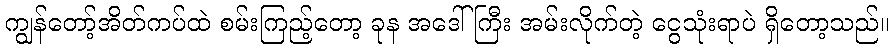
ကျွန်တော့်အိတ်ကပ်ထဲ စမ်းကြည့်တော့ ခုန အဒေါ်ကြီး အမ်းလိုက်တဲ့ ငွေသုံးရာပဲ ရှိတော့သည်။